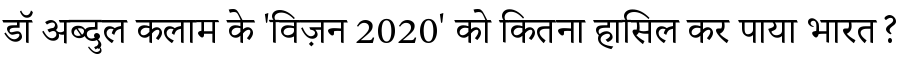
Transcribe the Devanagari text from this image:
डॉ अब्दुल कलाम के 'विज़न 2020' को कितना हासिल कर पाया भारत?